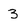
Character: 3